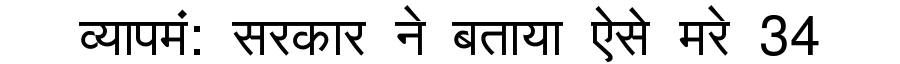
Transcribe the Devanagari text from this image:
व्यापमं: सरकार ने बताया ऐसे मरे 34